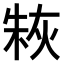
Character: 𤊣